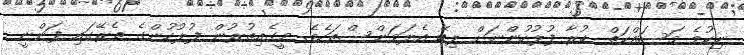
ނިކުމެ މަސައްކަތް ކުރާ ފުލުހުންނަށް ލިބޭ އެލަވަންސްތަކެވެ. މީގެއިތުރުން ފުލުހުންގެ ތެރޭގައި ފަންނީ